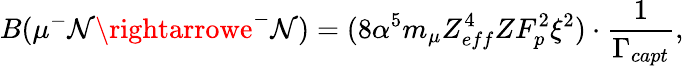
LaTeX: B(\mu^{-}\mathcal{N}\rightarrowe^{-}\mathcal{N})=(8\alpha^{5}m_{\mu}Z_{eff}^{4}ZF_{p}^{2}\xi^{2})\cdot{\frac{{1}}{{\Gamma_{capt}}}},